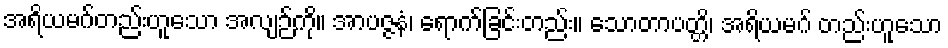
အရိယမဂ်တည်းဟူသော အလျဉ်ကို။ အာပဇ္ဇနံ၊ ရောက်ခြင်းတည်း။ သောတာပတ္တိ၊ အရိယမဂ် တည်းဟူသော